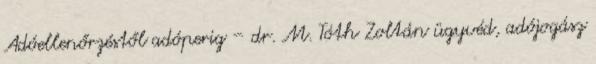
Adóellenőrzéstől adóperig – dr. M. Tóth Zoltán ügyvéd, adójogász